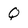
Character: Q